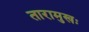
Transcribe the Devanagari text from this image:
तारामुखः